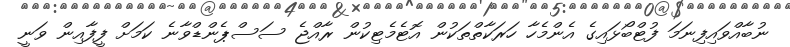
ނުބާއްވައިފިނަމަ ފުޓްބޯޅައިގެ އެންމެހާ ހަރަކާތްތަކުން އޮޓެމެޓިކުން ރާއްޖެ ސަސްޕެންޑްވާނެ ކަމަށް ފީފާއިން ވަނީ